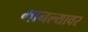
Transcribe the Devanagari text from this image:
मानल्यावर